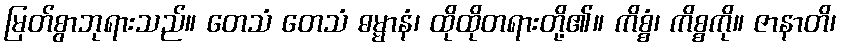
မြတ်စွာဘုရားသည်။ တေသံ တေသံ ဓမ္မာနံ၊ ထိုထိုတရားတို့၏။ ကိစ္စံ၊ ကိစ္စကို။ ဇာနာတိ၊